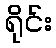
ရိုင်း